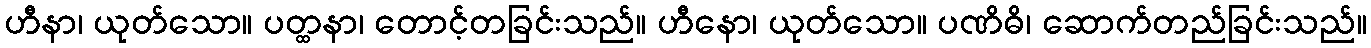
ဟီနာ၊ ယုတ်သော။ ပတ္ထနာ၊ တောင့်တခြင်းသည်။ ဟီနော၊ ယုတ်သော။ ပဏိဓိ၊ ဆောက်တည်ခြင်းသည်။